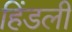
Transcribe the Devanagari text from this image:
हिंडली